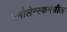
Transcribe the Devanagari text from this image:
स्मोलेन्स्कमधील